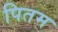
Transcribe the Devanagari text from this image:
पितम